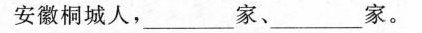
安徽桐城人，\underline家、\underline家。